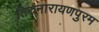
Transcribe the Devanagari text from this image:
तिरुनारायणपुरम